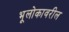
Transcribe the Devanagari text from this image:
भूलोकावरील